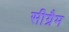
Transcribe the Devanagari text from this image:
सीग्रैम